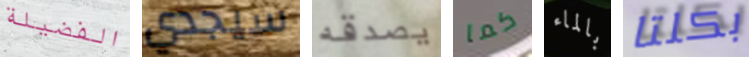
الفضيلة سيجدي يصدقه كما بالماء بكلتا